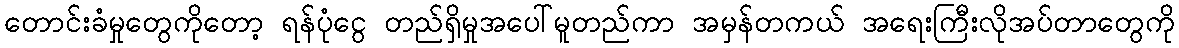
တောင်းခံမှုတွေကိုတော့ ရန်ပုံငွေ တည်ရှိမှုအပေါ်မူတည်ကာ အမှန်တကယ် အရေးကြီးလိုအပ်တာတွေကို